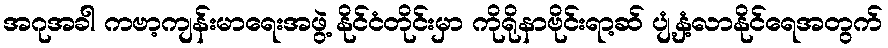
အဂုအခါ ကဗာ့ကျန်းမာရေးအဖွဲ့ နိုင်ငံတိုင်းမှာ ကိုရိုနာဗိုင်းရာ့ဆ် ပျံ့နှံ့လာနိုင်ရေအတွက်